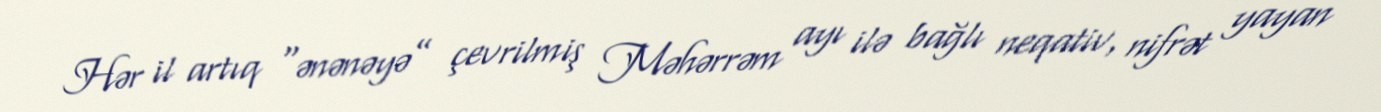
Hər il artıq “ənənəyə” çevrilmiş Məhərrəm ayı ilə bağlı neqativ, nifrət yayan